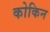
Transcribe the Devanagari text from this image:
कोकिन